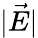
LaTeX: |\vec{E}|